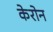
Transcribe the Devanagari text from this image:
केरोन